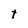
Character: t